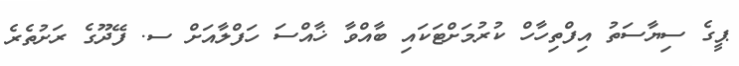
ޕީގެ ސިޔާސަތު އިފްތިހާހް ކުރުމަށްޓަކައި ބާއްވާ ޚާއްސަ ހަފްލާއަށް ސ. ފޭދޫގެ ރަށުތެރެ